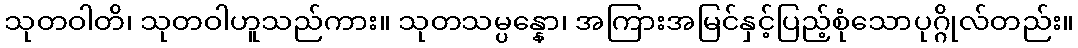
သုတဝါတိ၊ သုတဝါဟူသည်ကား။ သုတသမ္ပန္နော၊ အကြားအမြင်နှင့်ပြည့်စုံသောပုဂ္ဂိုလ်တည်း။